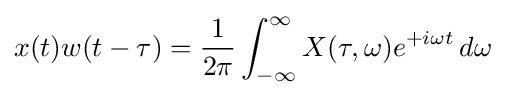
x(t)w(t-\tau )={\frac {1}{2\pi }}\int _{-\infty }^{\infty }X(\tau ,\omega )e^{+i\omega t}\,d\omega